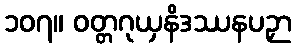
၁၀၇။ ဝတ္တဂုယှနိဒဿနပဉှာ